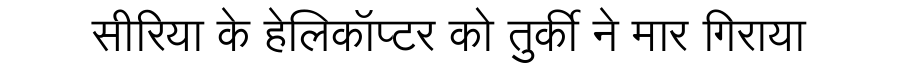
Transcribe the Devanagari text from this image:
सीरिया के हेलिकॉप्टर को तुर्की ने मार गिराया